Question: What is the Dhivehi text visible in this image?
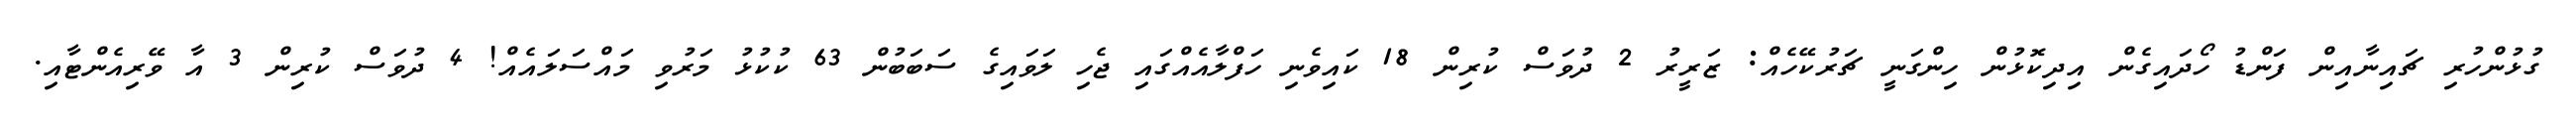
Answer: ގުޅުންހުރި ޗައިނާއިން ފަންޑު ހޯދައިގެން އިދިކޮޅުން ހިންގަނީ ޗަރުކޭހެއް: ޒަރީރު 2 ދުވަސް ކުރިން 18 ކައިވެނި ހަފްލާއެއްގައި ޖެހި ލަވައިގެ ސަބަބުން 63 ކުކުޅު މަރުވި މައްސަލައެއް! 4 ދުވަސް ކުރިން 3 އާ ވޭރިއެންޓާއި.